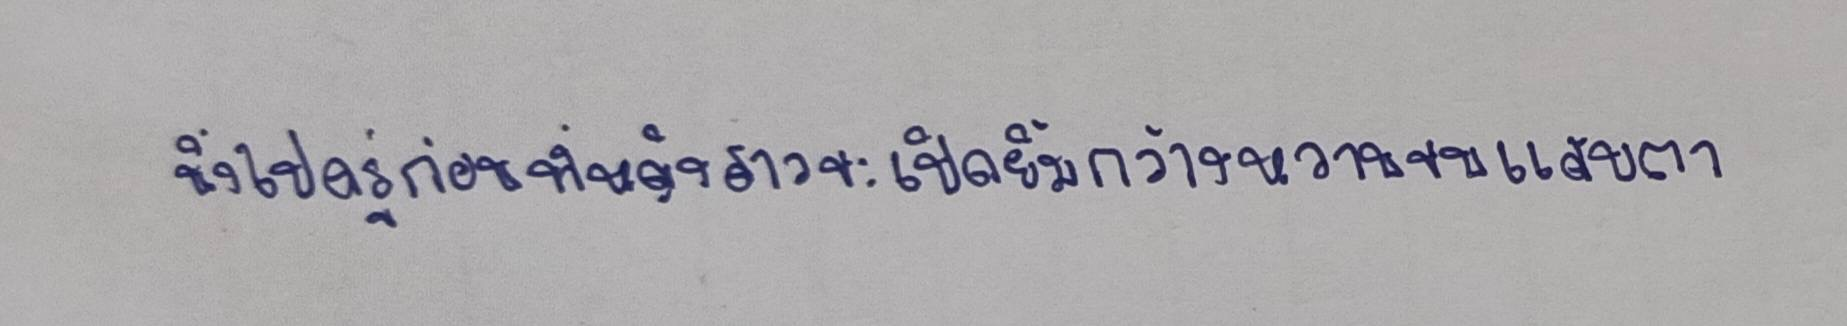
นิ่งไปครู่ก่อนที่หญิงสาวจะเปิดยิ้มกว้างหวานจนแสบตา